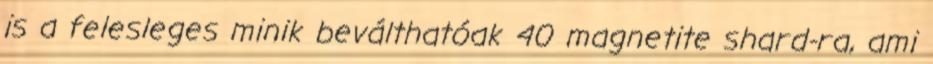
is a felesleges minik beválthatóak 40 magnetite shard-ra, ami